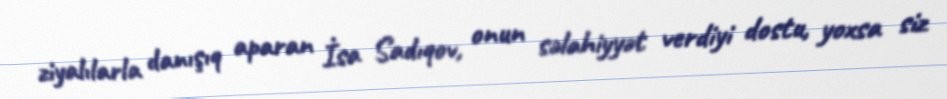
ziyalılarla danışıq aparan İsa Sadıqov, onun səlahiyyət verdiyi dostu, yoxsa siz